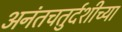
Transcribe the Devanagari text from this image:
अनंतचतुर्दशीच्या